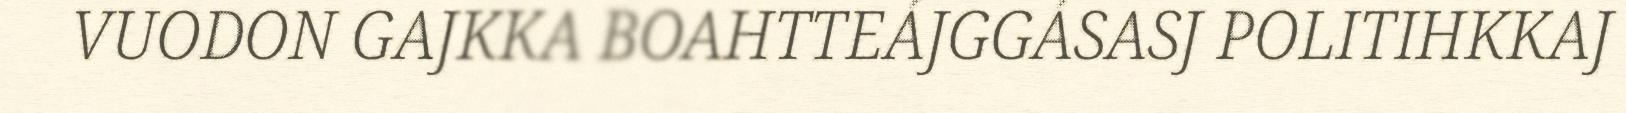
VUODON GAJKKA BOAHTTEÁJGGÁSASJ POLITIHKKAJ